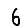
Digit: 6